Civil Veterinary Dept. Assam report 1927-50 - 1927-1950
Year: 1927
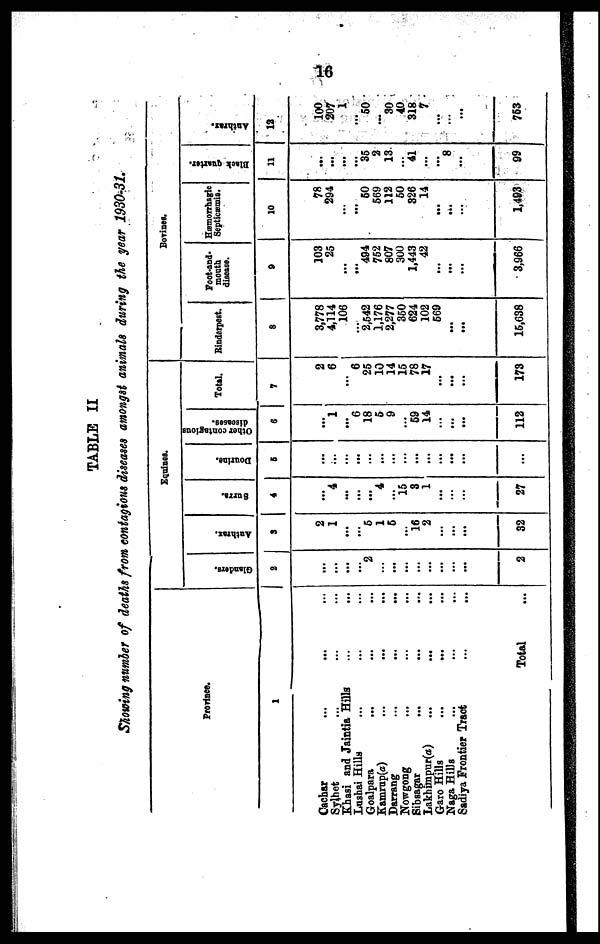
16
TABLE II
Showing number of deaths from contagious diseases amongst animals during the year 1930-31.
Province.
1
Cachar ... ... ...
Sylhet ... ... ...
Khasi and Jaintia Hills
...
...
Lushai Hills ... ... ...
Goalpara
... ... ...
Kamrup(a) ... ... ...
Darrang ... ... ...
Nowgong ... ... ...
Sibsagar ... ... ...
Lakhimpur(a) ... ... ...
Garo Hills
...
... ...
Naga Hills ... ... ...
Sadiya Frontier Tract ... ...
Total ...
Equines.
Glanders.
2
...
...
...
...
2
...
...
...
...
...
...
...
...
2
Anthrax.
3
2
1
...
...
5
1
5
...
16
2
...
...
...
32
Surra.
4
...
4
...
...
...
4
...
15
3
1
...
...
...
27
Dourine.
5
...
...
...
...
...
...
...
...
...
...
...
...
...
...
Other contagious
6
...
1
...
6
18
5
9
...
59
14
...
...
...
112
Total.
7
2
6
...
6
25
10
14
15
78
17
...
...
...
173
Bovines.
Rinderpest.
8
3,778
4,114
106
...
2,542
1,176
2,277
350
624
102
569
...
...
15,638
Foot-and-
mouth
disease.
9
103
25
...
...
494
752
807
300
1,443
42
...
...
...
3,966
Hæmorrhagic
Septicæmia.
10
78
294
...
...
60
569
112
50
326
14
...
...
...
1,493
Black quarter.
11
...
...
...
...
35
2
13
...
41
...
...
8
...
99
Anthrax.
12
100
207
1
...
50
...
30
40
318
7
...
...
...
753